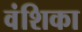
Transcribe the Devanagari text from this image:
वंशिका